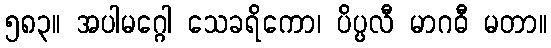
၅၈၃။ အပါမဂ္ဂေါ သေခရိကော၊ ပိပ္ပလီ မာဂဓီ မတာ။